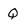
Character: Q